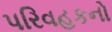
પરિવહકનો